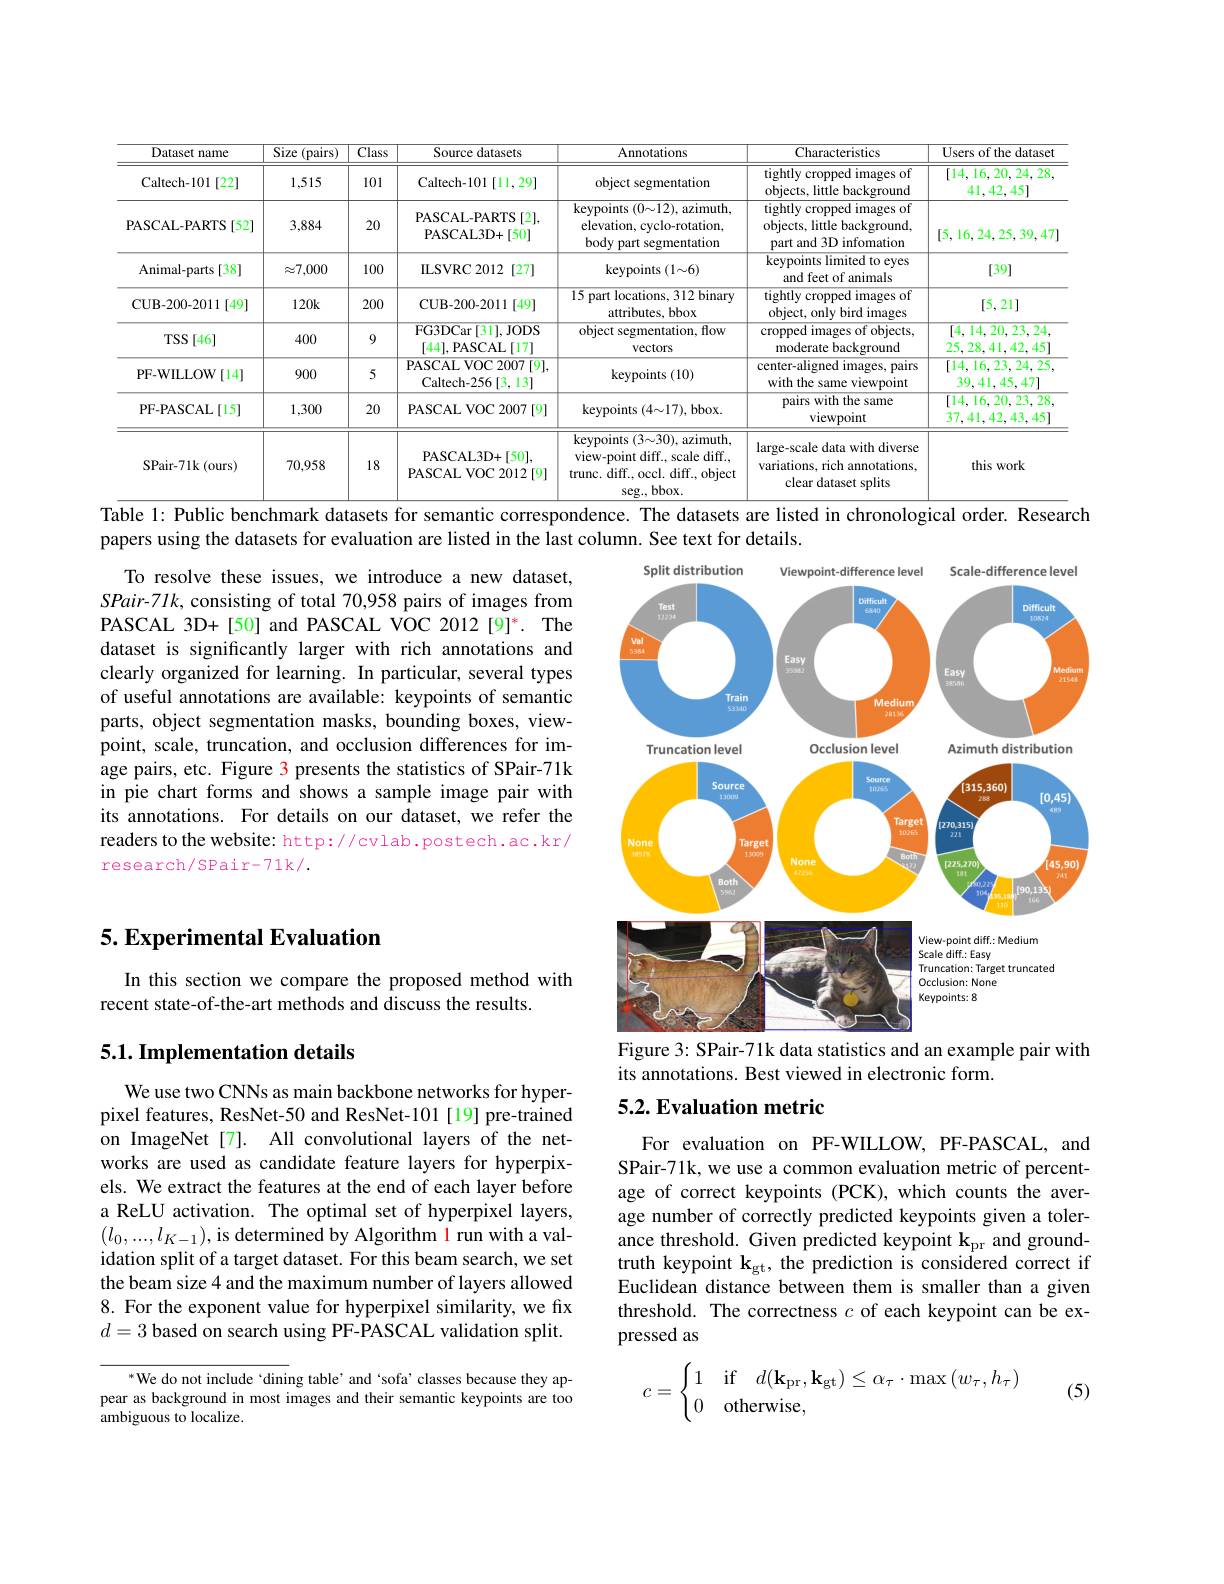
<table>
	<tbody>
		<tr>
			<th>Dataset name</th>
			<th>Size (pairs)</th>
			<th>$\overline{\text{Class}}$</th>
			<th>Source datasets</th>
			<th>Annotations</th>
			<th>Characteristics</th>
			<th>Users of the dataset</th>
		</tr>
		<tr>
			<td>Caltech-101[22]</td>
			<td>1,515</td>
			<td>101</td>
			<td>Caltech-101[11,29]</td>
			<td>object segmentation</td>
			<td>tightly c cropped images of objects, little background</td>
			<td>[14,16,20,24,28, 41, $42,c$ 45]</td>
		</tr>
		<tr>
			<td>PASCAL-PARTS[52]</td>
			<td>3,884</td>
			<td>20</td>
			<td>PASCAL-PARTS [2], PASCAL3D+[50]</td>
			<td>keypoints $(0{\sim}12)$, azimuth, elevation, cyclo-rotation, body part segmentation</td>
			<td>tightly cropped images of objects, little background, part and 3D infomation</td>
			<td>[5,16,24,25,39,47]</td>
		</tr>
		<tr>
			<td>Animal-parts ;[38] 1</td>
			<td>$\approx7,000$</td>
			<td>100</td>
			<td>ILSVRC2012 [27]</td>
			<td>keypoints ( 1$\sim$6) </td>
			<td>keypoints limited to eyes and feet of animals</td>
			<td>[39]</td>
		</tr>
		<tr>
			<td>CUB- 200- 2011 [ 49] </td>
			<td>$120k$</td>
			<td>200</td>
			<td>CUB-200-2011[49]</td>
			<td>15 part locations, 312 binary attributes, bbox</td>
			<td>tightly c cropped images of object, only bird images </td>
			<td>[5,21]</td>
		</tr>
		<tr>
			<td>$\operatorname{TSS}[46]$</td>
			<td>400</td>
			<td>9</td>
			<td>FG3DCar[31],JODS [44],PASCAL[17]</td>
			<td>object segmentation, flow vectors</td>
			<td>cropped images of objects, moderate background</td>
			<td>[4, , 14, 20, 23, 24, 25,28,41,42,45]</td>
		</tr>
		<tr>
			<td>PF-WILLOW[14]</td>
			<td>900</td>
			<td>5</td>
			<td>$\overline{\mathrm{PASCAL~VOC~2007~[9],}}$ Caltech- 256 6[3,13]</td>
			<td>keypoints (10)</td>
			<td>center-aligned images, pairs with the same viewpoint</td>
			<td>[14,16,23,24,25, 39,41,45,47]</td>
		</tr>
		<tr>
			<td>PF-PASCAL[15]</td>
			<td>1,300</td>
			<td>20</td>
			<td>PASCAL VOC 2007 [ 9] </td>
			<td>keypoints ( 4${\sim }$17) , bbox. </td>
			<td>pairs with the same viewpoint</td>
			<td>[14,16,20,23,28, 37,41,42,43,45]</td>
		</tr>
		<tr>
			<td>SPair-71k(ours)</td>
			<td>70,958</td>
			<td>18</td>
			<td>PASCAL3D+ [ 50] , PASCAL VOC 2012[9]</td>
			<td>keypoints $(3{\sim}30)$, azimuth, view-point diff., scale diff., trunc. diff., occl. diff., object seg. . , bbox. </td>
			<td>large-scale data with diverse variations, rich annotations, clear dataset splits</td>
			<td>this work</td>
		</tr>
	</tbody>
</table>
Table 1: Public benchmark datasets for semantic correspondence. The datasets are listed in chronological order. Research

To resolve these issues, we introduce a new dataset, SPair-71k, consisting of total 70,958 pairs of images from PASCAL 3D+[50] and PASCAL VOC 2012[9]*. The dataset is significantly larger with rich annotations and clearly organized for learning. In particular, several types of useful annotations are available: keypoints of semantic parts, object segmentation masks, bounding boxes, viewpoint, scale, truncation, and occlusion differences for image pairs, etc. Figure 3 presents the statistics of SPair-71k in pie chart forms and shows a sample image pair with its annotations. For details on our dataset, we refer the readers to the website: http://cvlab.postech.ac.kr/ research/SPair-71k/.

papers using the datasets for evaluation are listed in the last column. See text for details.
<FigureHere>
Figure 3: SPair-71k data statistics and an example pair with

## 5. Experimental Evaluation

In this section we compare the proposed method with
recent state-of-the-art methods and discuss the results.

## 5.1. Implementation details

its annotations. Best viewed in electronic form.

## 5.2. Evaluation metric

We use two CNNs as main backbone networks for hyperpixel features, ResNet-50 and ResNet-101[19] pre-trained on ImageNet[7]. All convolutional layers of the networks are used as candidate feature layers for hyperpixels. We extract the features at the end of each layer before a ReLU activation. The optimal set of hyperpixel layers, $(l_{0},...,l_{K-1})$,is determined by Algorithm l run with a validation split of a target dataset. For this beam search, we set the beam size 4 and the maximum number of layers allowed 8. For the exponent value for hyperpixel similarity, we fix $d=3$ based on search using PF-PASCAL validation split.

For evaluation on PF-WILLOW, PF-PASCAL, and SPair-71k, we use a common evaluation metric of percentage of correct keypoints (PCK), which counts the average number of correctly predicted keypoints given a tolerance threshold. Given predicted keypoint $\mathbf{k}_\mathrm{pr}$ and groundtruth keypoint $\mathbf{k}_\mathrm{gt}$, the prediction is considered correct if Euclidean distance between them is smaller than a given threshold. The correctness $c$ of each keypoint can be expressed as
$$c=\begin{cases}1&\text{if}\quad d(\mathbf{k}_{\mathrm{pr}},\mathbf{k}_{\mathrm{gt}})\leq\alpha_{\tau}\cdot\max{(w_{\tau},h_{\tau})}\\0&\text{otherwise},\end{cases}$$
(5)

*We do not include `dining table' and ‘sofa’classes because they appear as background in most images and their semantic keypoints are too ambiguous to localize.